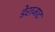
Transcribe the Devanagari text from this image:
डेराजाट